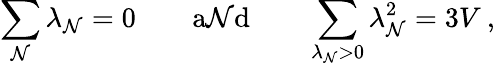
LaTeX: \sum_{\mathcal{N}}\lambda_{\mathcal{N}}=0\qquad\mathrm{{a\mathcal{N}d}}\qquad\sum_{\lambda_{\mathcal{N}}>0}\lambda_{\mathcal{N}}^{2}=3V\: ,